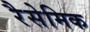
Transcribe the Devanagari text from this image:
रैसेमिक